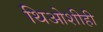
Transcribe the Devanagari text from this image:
थिओशीही